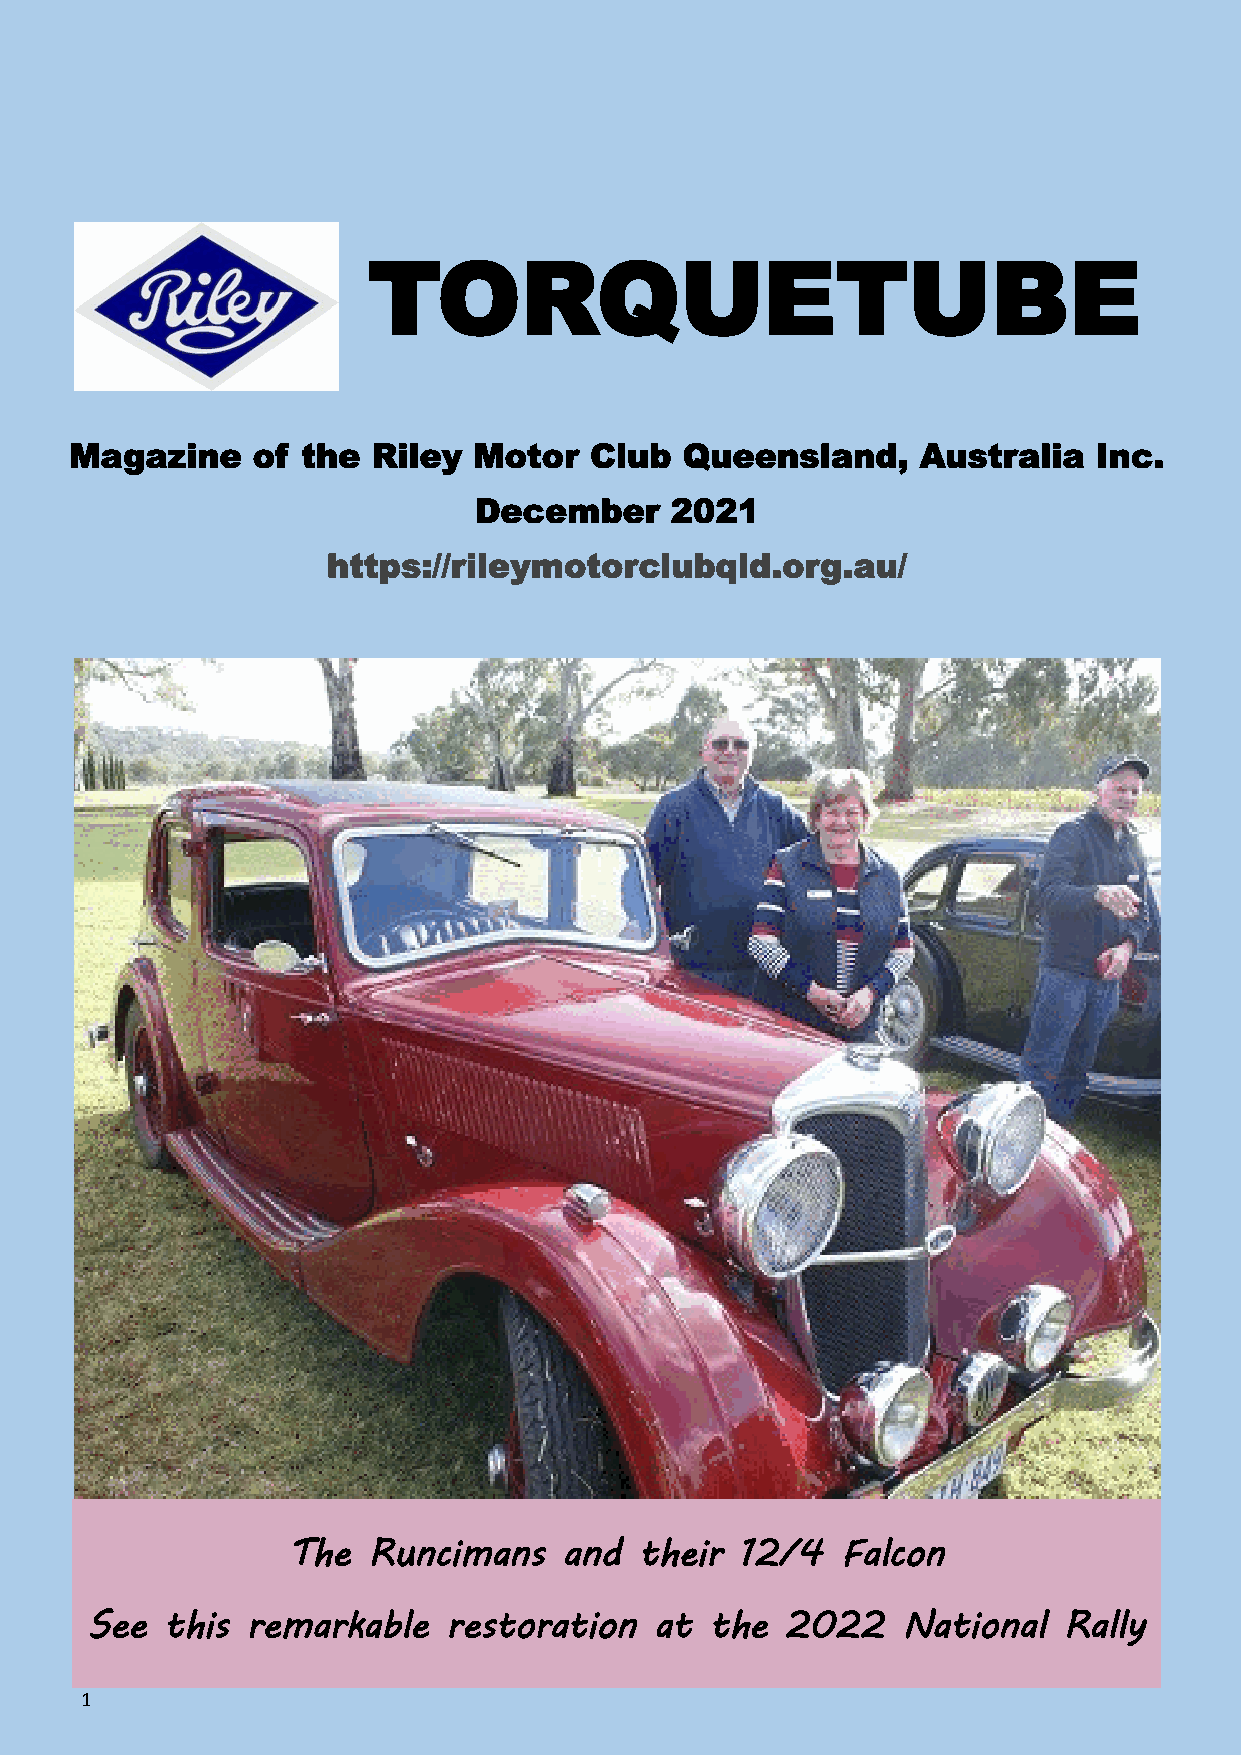
TORQUETUBE
 Magazine    of the  Riley Motor   Club  Queensland,     Australia   Inc.
 December     2021
 https://rileymotorclubqld.org.au/
 The  Runcimans    and  their  12/4   Falcon
 See  this remarkable    restoration  at  the  2022    National  Rally
 1